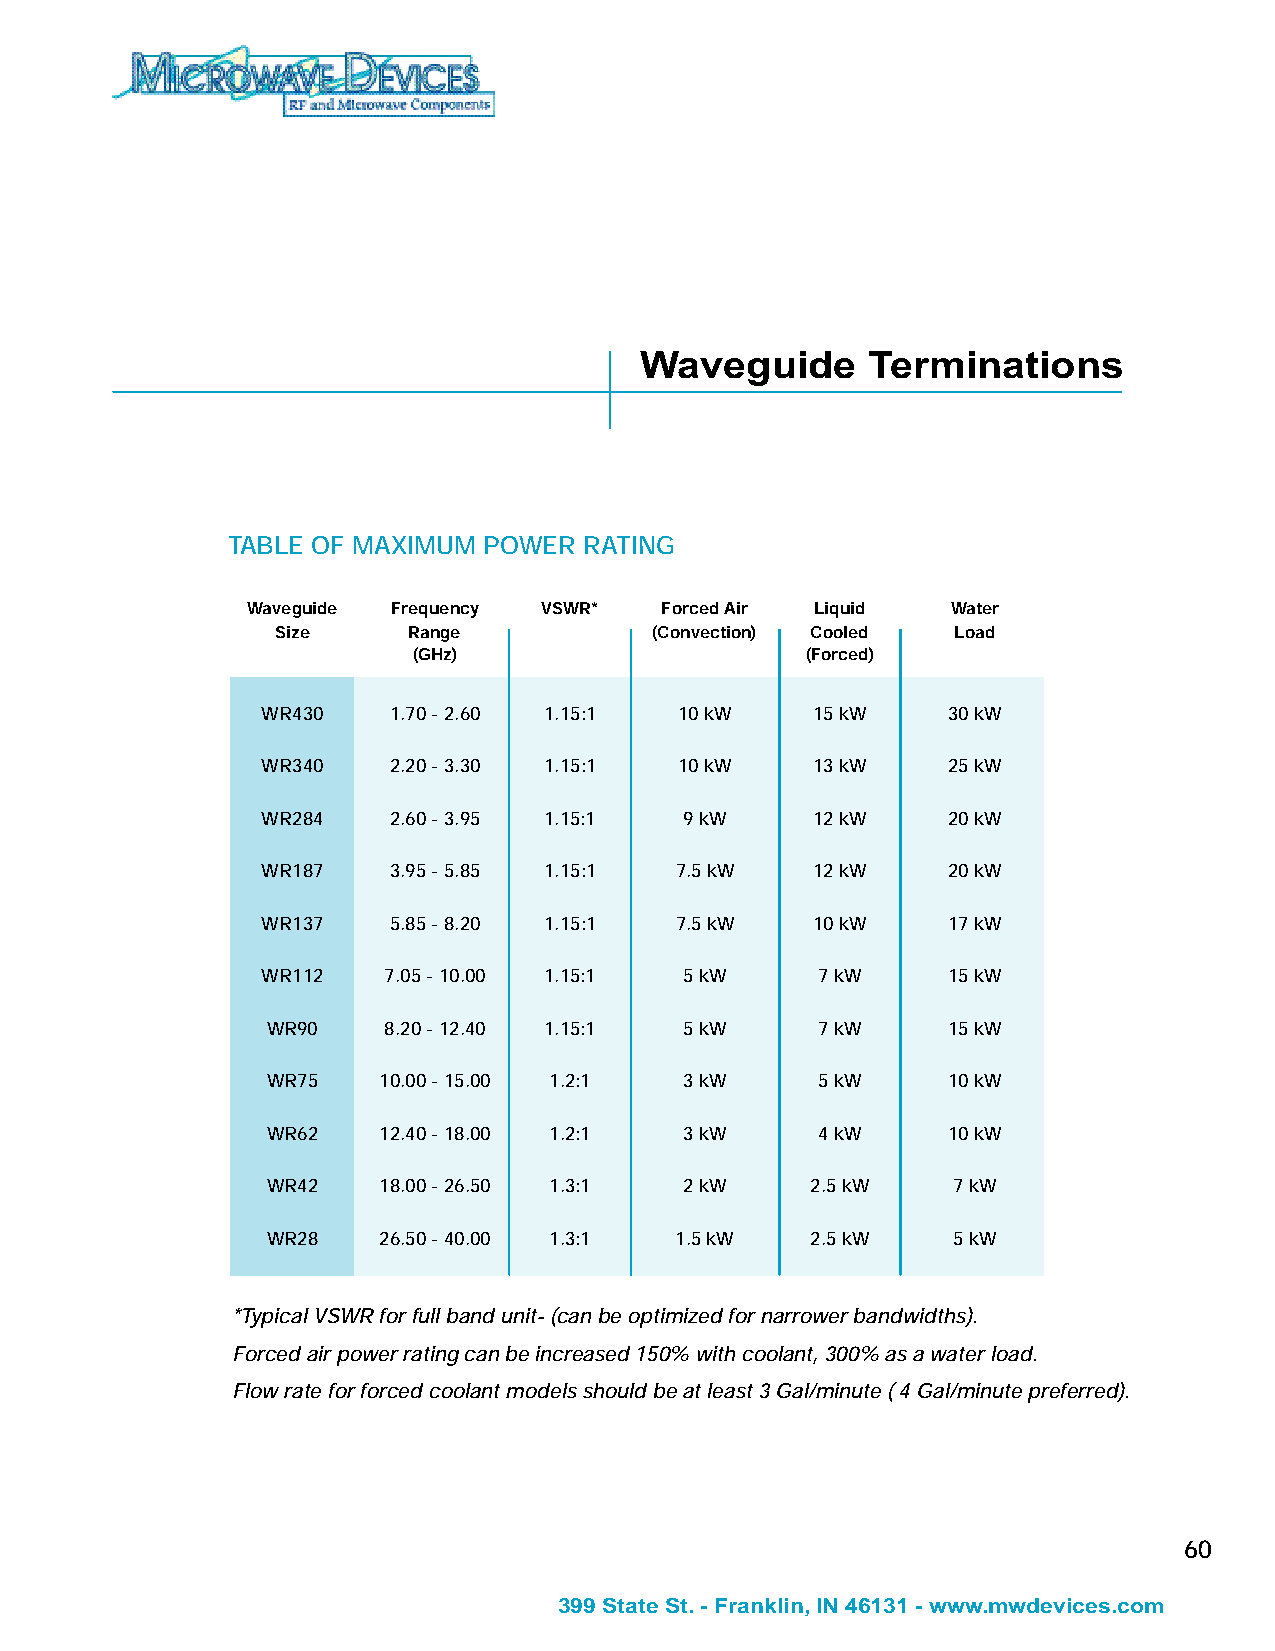
Waveguide      Terminations
 TABLE OF MAXIMUM POWER  RATING
 Waveguide Frequency VSWR*   Forced Air Liquid  Water
 Size     Range           (Convection) Cooled Load
 (GHz)                     (Forced)
 WR430    1.70 - 2.60 1.15:1 10 kW    15 kW    30 kW
 WR340    2.20 - 3.30 1.15:1 10 kW    13 kW    25 kW
 WR284    2.60 - 3.95 1.15:1 9 kW     12 kW    20 kW
 WR187    3.95 - 5.85 1.15:1 7.5 kW   12 kW    20 kW
 WR137    5.85 - 8.20 1.15:1 7.5 kW   10 kW    17 kW
 WR112   7.05 - 10.00 1.15:1 5 kW     7 kW     15 kW
 WR90   8.20 - 12.40 1.15:1 5 kW     7 kW     15 kW
 WR75   10.00 - 15.00 1.2:1 3 kW     5 kW     10 kW
 WR62   12.40 - 18.00 1.2:1 3 kW     4 kW     10 kW
 WR42   18.00 - 26.50 1.3:1 2 kW     2.5 kW   7 kW
 WR28   26.50 - 40.00 1.3:1 1.5 kW   2.5 kW   5 kW
 *Typical VSWR for full band unit- (can be optimized for narrower bandwidths).
 Forced air power rating can be increased 150% with coolant, 300% as a water load.
 Flow rate for forced coolant models should be at least 3 Gal/minute ( 4 Gal/minute preferred).
 60
 399 State St. - Franklin, IN 46131 - www.mwdevices.com